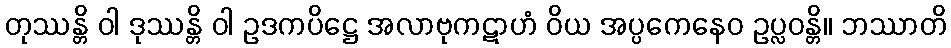
တုဿန္တိ ဝါ ဒုဿန္တိ ဝါ ဥဒကပိဋ္ဌေ အလာဗုကဋာဟံ ဝိယ အပ္ပကေနေဝ ဥပ္လဝန္တိ။ ဘဿာတိ